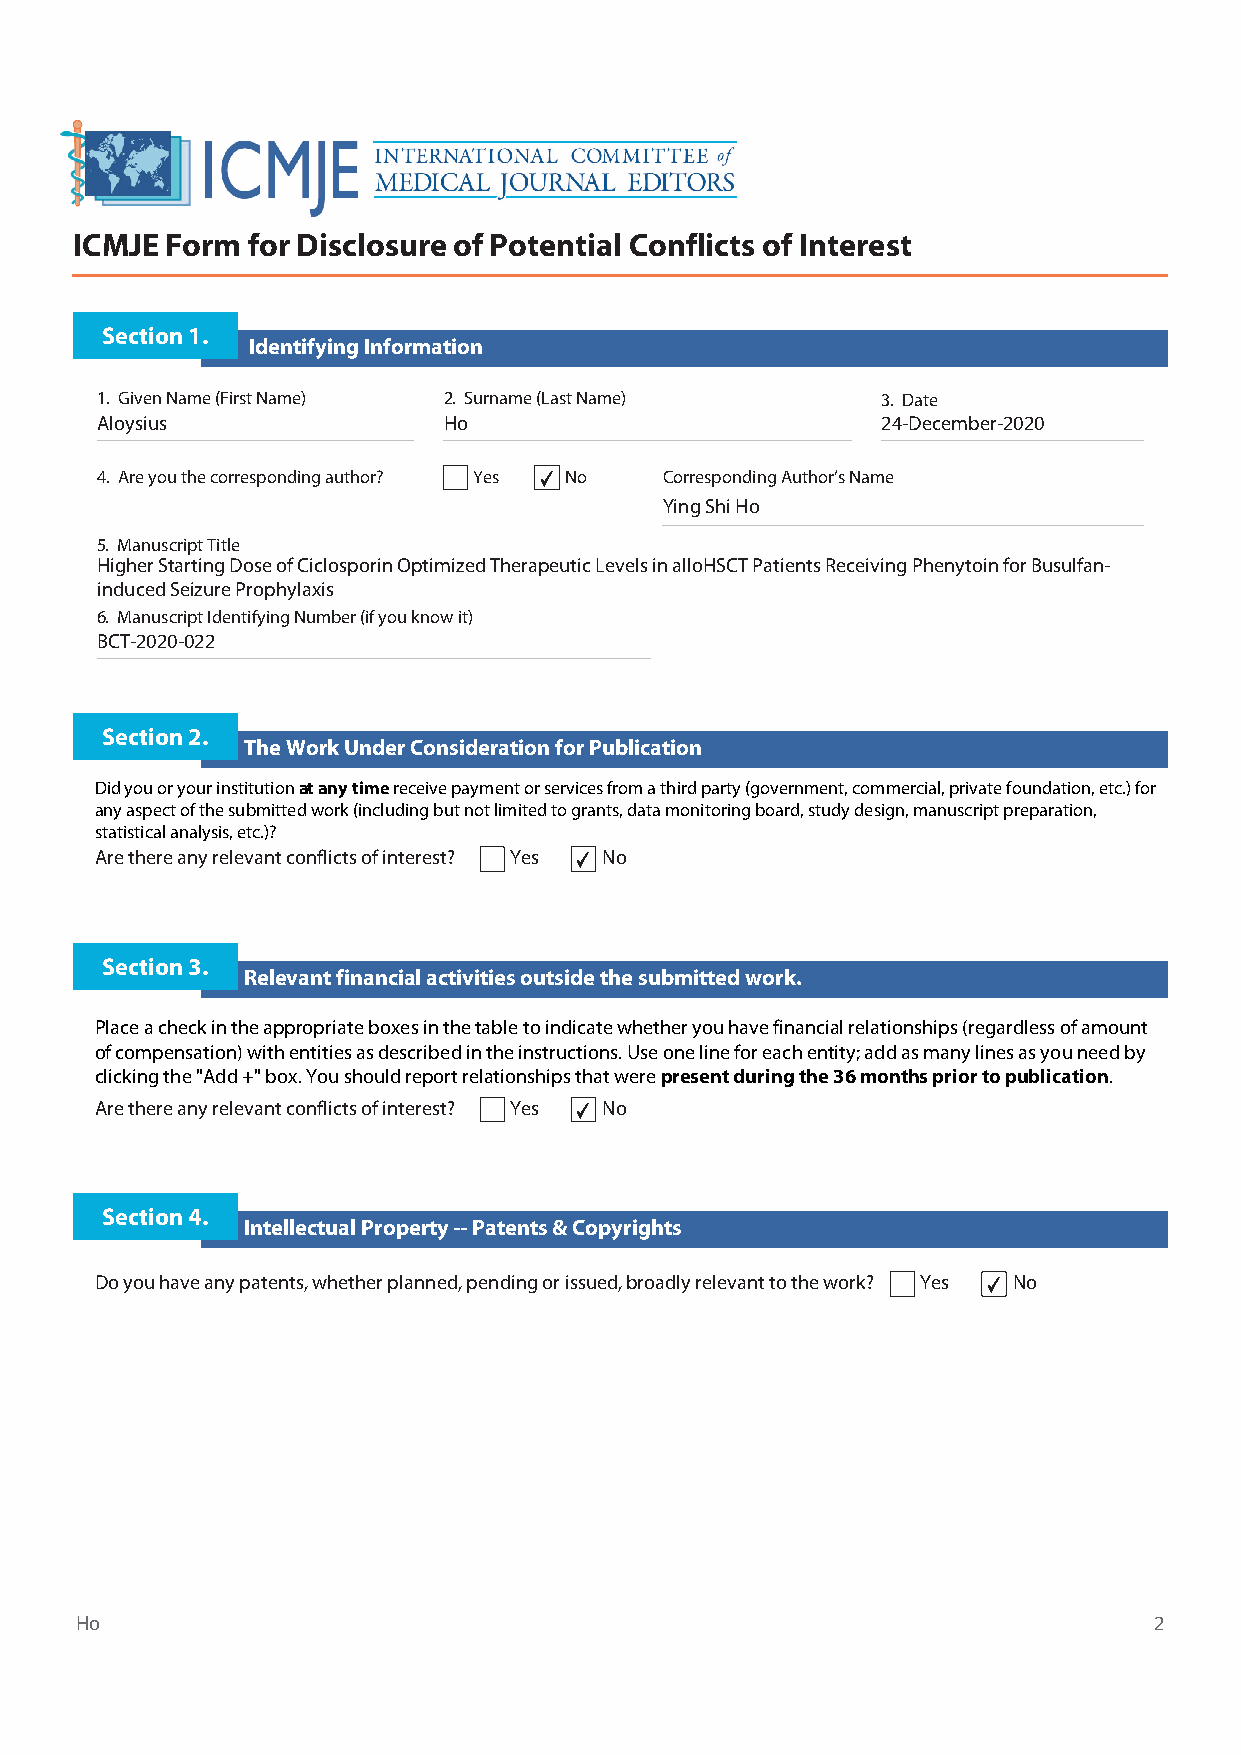
ICMJE Form for Disclosure of Potential Conflicts of Interest
 Section 1.
 Identifying Information
 1. Given Name (First Name) 2. Surname (Last Name)   3. Date
 Aloysius               Ho                           24-December-2020
 4. Are you the corresponding author? Yes ✔ No Corresponding Author’s Name
 Ying Shi Ho
 5. Manuscript Title
 Higher Starting Dose of Ciclosporin Optimized Therapeutic Levels in alloHSCT Patients Receiving Phenytoin for Busulfan-
 induced Seizure Prophylaxis
 6. Manuscript Identifying Number (if you know it)
 BCT-2020-022
 Section 2.
 The Work Under Consideration for Publication
 Did you or your institution at any time receive payment or services from a third party (government, commercial, private foundation, etc.) for
 any aspect of the submitted work (including but not limited to grants, data monitoring board, study design, manuscript preparation,
 statistical analysis, etc.)?
 Are there any relevant conflicts of interest? Yes ✔ No
 Section 3.
 Relevant financial activities outside the submitted work.
 Place a check in the appropriate boxes in the table to indicate whether you have financial relationships (regardless of amount
 of compensation) with entities as described in the instructions. Use one line for each entity; add as many lines as you need by
 clicking the "Add +" box. You should report relationships that were present during the 36 months prior to publication.
 Are there any relevant conflicts of interest? Yes ✔ No
 Section 4.
 Intellectual Property -- Patents & Copyrights
 Do you have any patents, whether planned, pending or issued, broadly relevant to the work? Yes ✔ No
 Ho                                                                     2